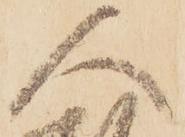
人